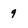
Character: 9